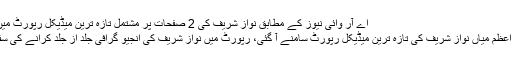
اے آر وائی نیوز کے مطابق نواز شریف کی 2 صفحات پر مشتمل تازہ ترین میڈیکل رپورٹ میں تجویز دی گئی...
لاہور: سابق وزیر اعظم میاں نواز شریف کی تازہ ترین میڈیکل رپورٹ سامنے آ گئی، رپورٹ میں نواز شریف کی انجیو گرافی جلد از جلد کرانے کی سفارش کی گئی ہے۔